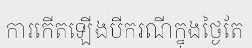
ការកើតឡើងបីករណីក្នុងថ្ងៃតែ